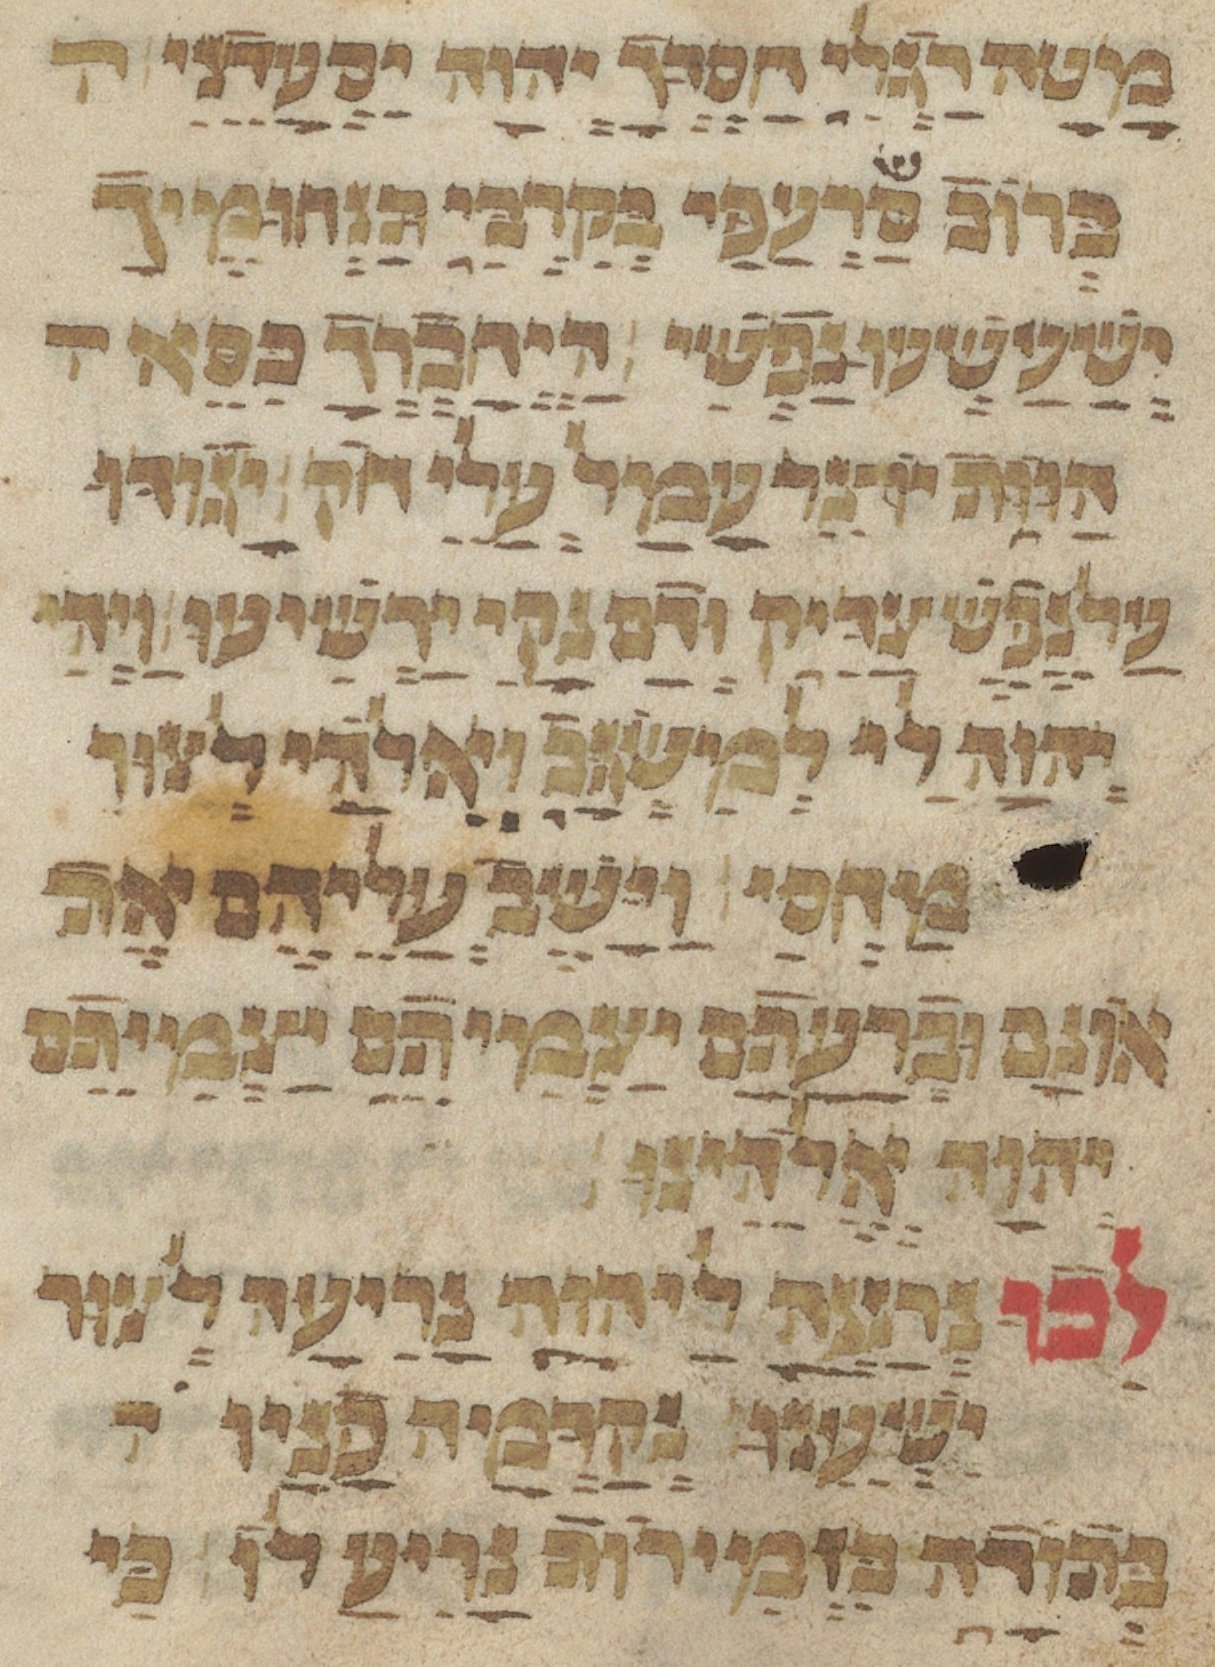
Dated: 1433–1433